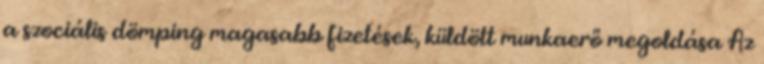
a szociális dömping magasabb fizetések, küldött munkaerő megoldása Az